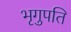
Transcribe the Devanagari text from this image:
भृगुपति